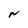
Character: N